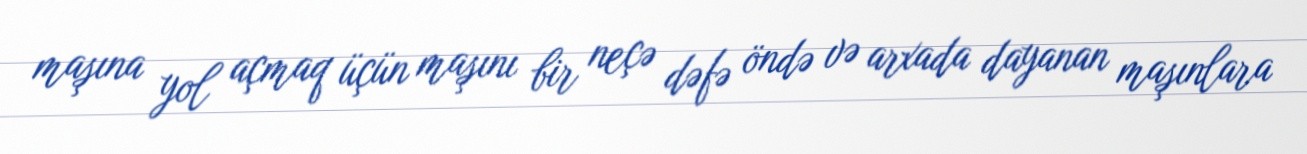
maşına yol açmaq üçün maşını bir neçə dəfə öndə və arxada dayanan maşınlara